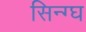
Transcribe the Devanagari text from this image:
सिन्ग्घ